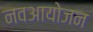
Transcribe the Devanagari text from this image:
नवआयोजन